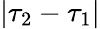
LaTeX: |\tau_{2}-\tau_{1}|